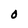
Character: O